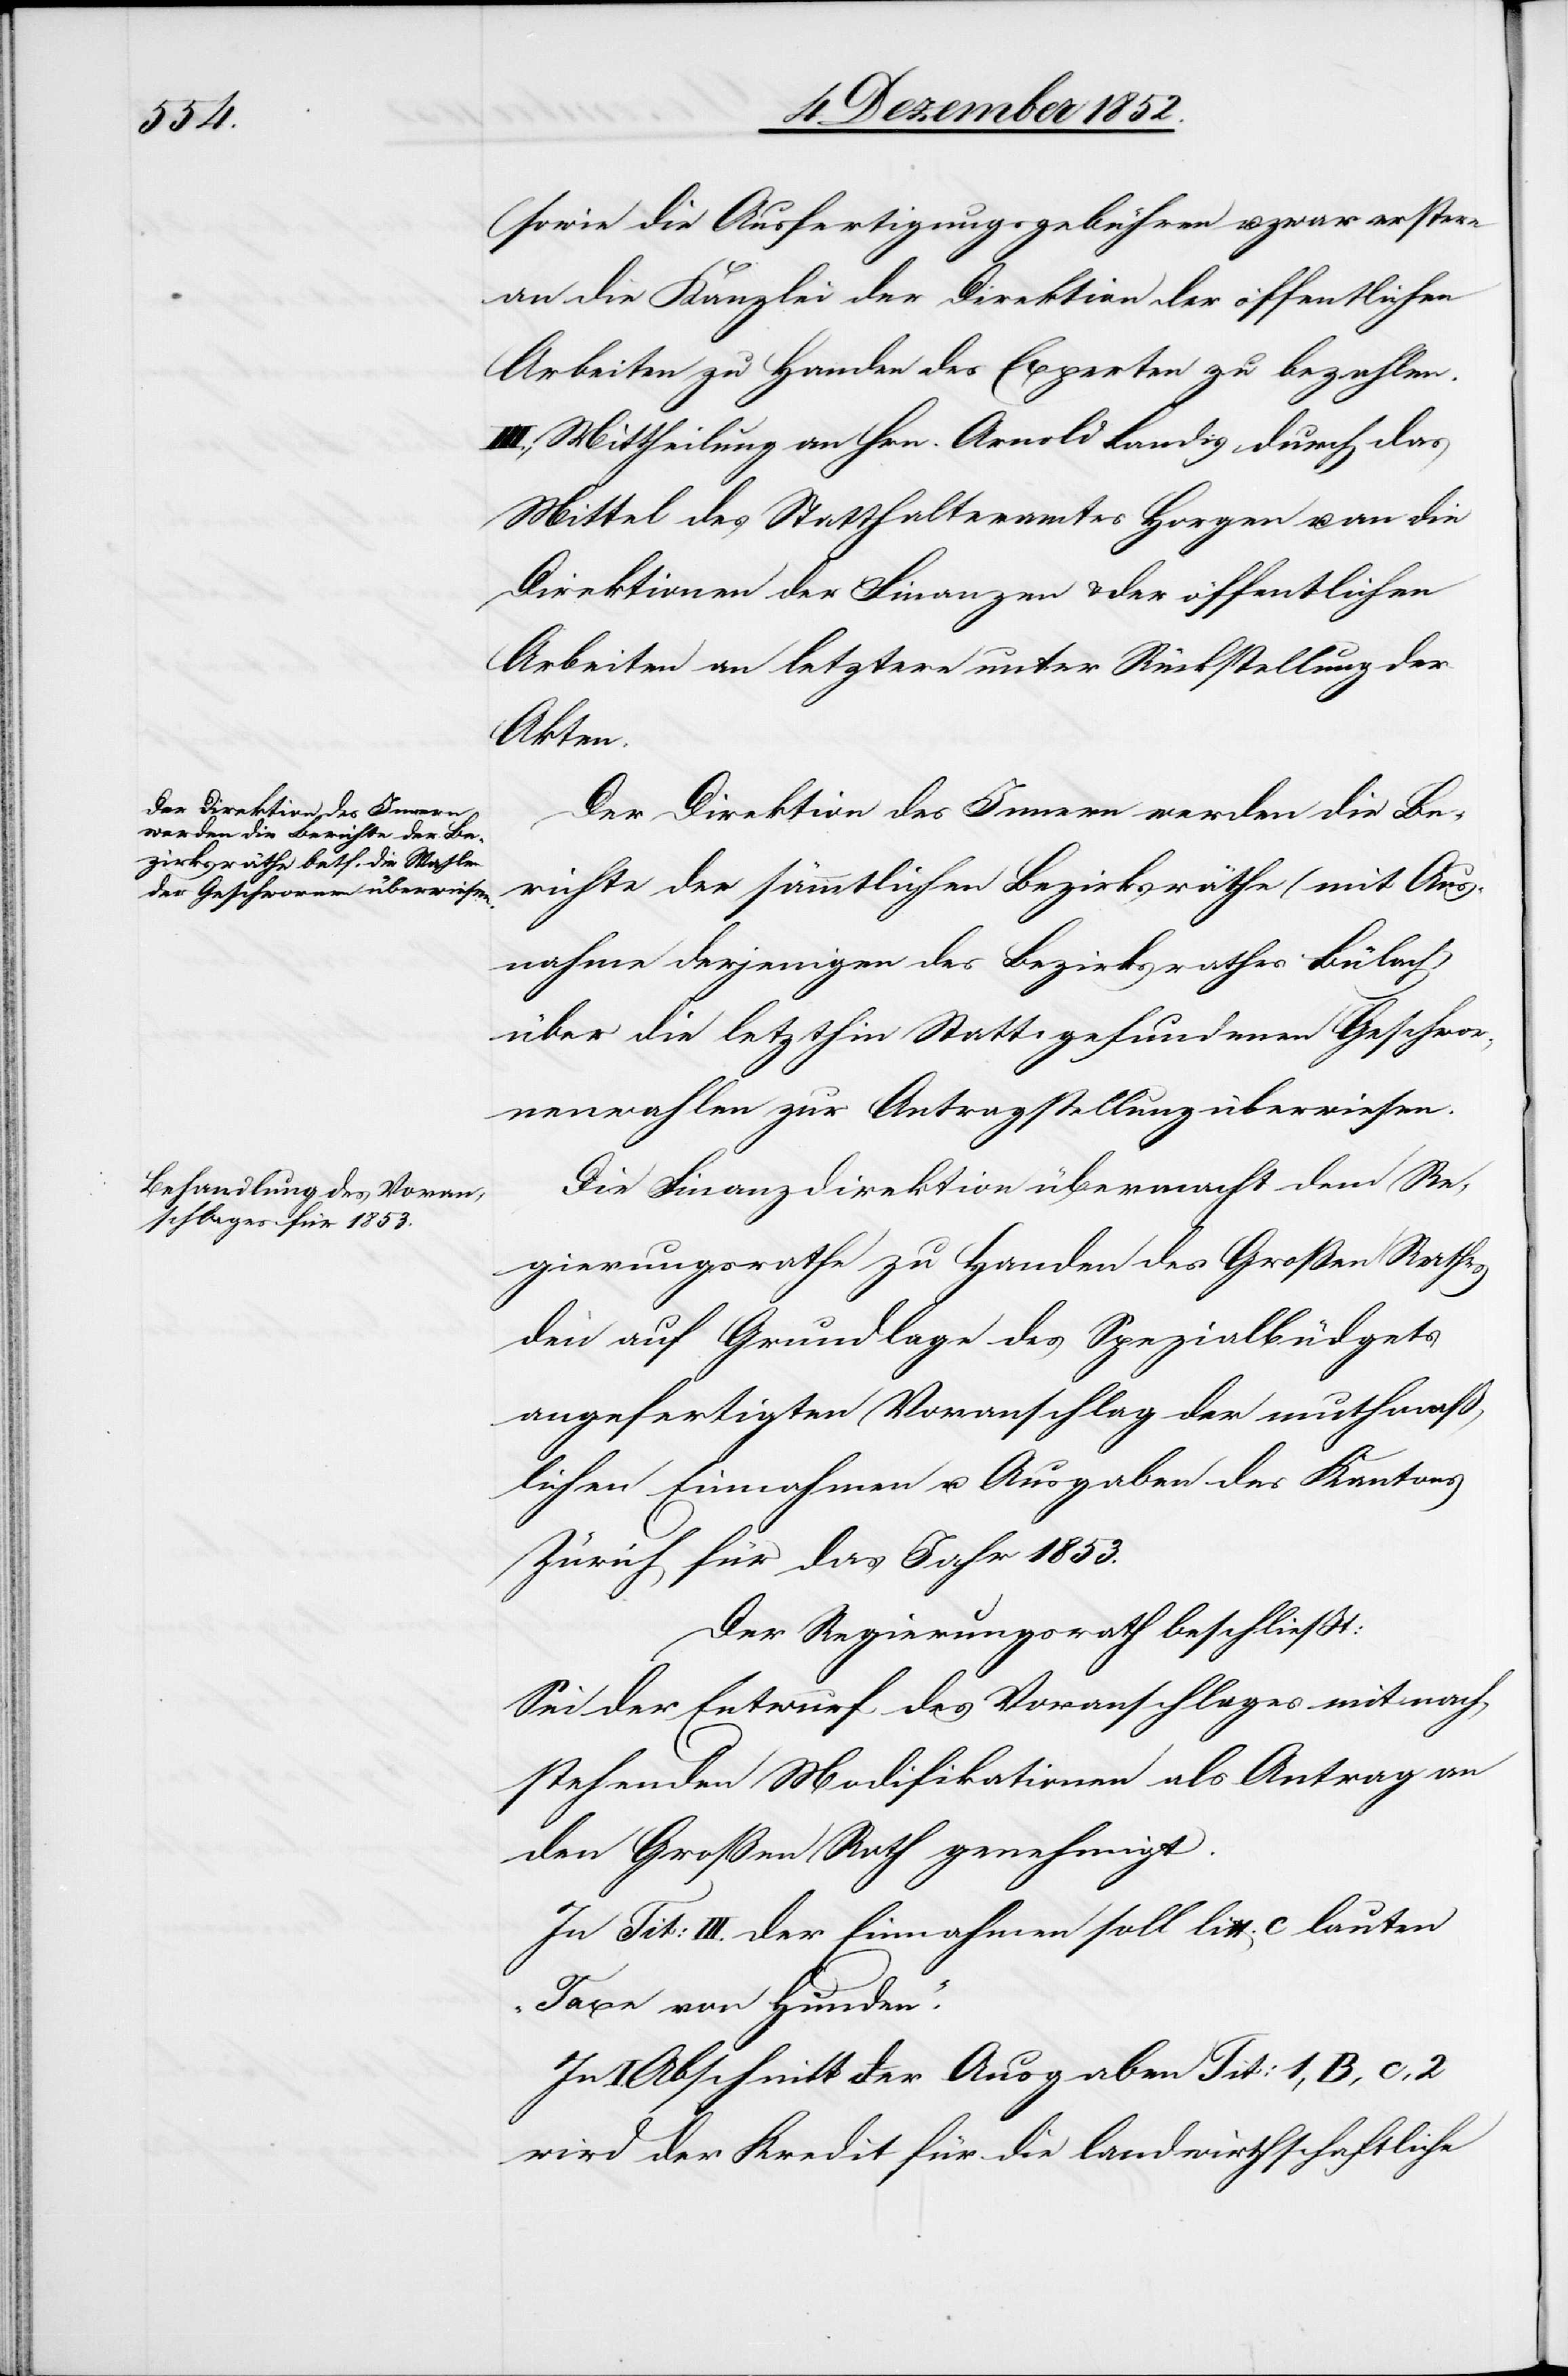
sowie die Ausfertigungsgebühren u. zwar erstere
an die Kanzlei der Direktion der öffentlichen
Arbeiten zu Handen des Experten zu bezahlen.
III., Mittheilung an Hrn. Arnold Landis durch das
Mittel des Statthalteramtes Horgen u. an die
Direktionen der Finanzen & der öffentlichen
Arbeiten an letztere unter Rückstellung der
Akten.
Der Direktion des Innern werden die Be¬
richte der sämmtlichen Bezirksräthe (mit Aus¬
nahme derjenigen des Bezirksrathes Bülach)
über die letzthin Statt gefundenen Geschwor¬
nenwahlen zur Antragstellung überwiesen.
Die Finanzdirektion übermacht dem Re¬
gierungsrathe zu Handen des Großen Rathes
den auf Grundlage des Spezialbüdgets
angefertigten Voranschlag der muthmaß¬
lichen Einnahmen u. Ausgaben des Kantons
Zürich für das Jahr 1853.
Der Regierungsrath beschließt:
Sei der Entwurf des Voranschlages mit nach¬
stehenden Modifikationen als Antrag an
den Großen Rath genehmigt.
In Tit: III. der Einnahmen soll litt. c lauten
„Taxe von Hunden“.
I. Abschnitt der Ausgaben Tit: 1, B, c, 2
wird der Kredit für die landwirthschaftliche